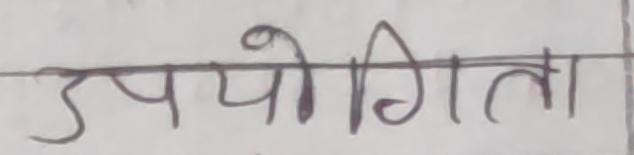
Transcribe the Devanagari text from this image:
उपयोगिता